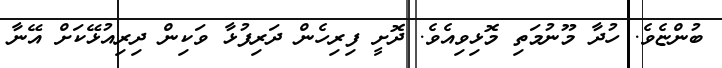
ބުންޏެވެ. ހުދާ މޫނުމަތި މޮޅިވިއެވެ. ދޮށީ ފިރިހެން ދަރިފުޅާ ވަކިން ދިރިއުޅޭކަށް އޭނާ